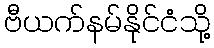
ဗီယက်နမ်နိုင်ငံသို့